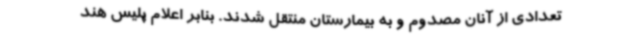
تعدادی از آنان مصدوم و به بیمارستان منتقل شدند. بنابر اعلام پلیس هند